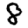
Digit: 8